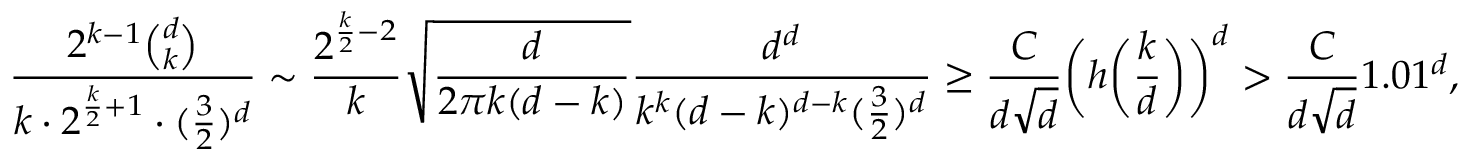
\frac { 2 ^ { k - 1 } \binom { d } { k } } { k \cdot 2 ^ { \frac { k } { 2 } + 1 } \cdot ( \frac { 3 } { 2 } ) ^ { d } } \sim \frac { 2 ^ { \frac { k } { 2 } - 2 } } { k } \sqrt { \frac { d } { 2 \pi k ( d - k ) } } \frac { d ^ { d } } { k ^ { k } ( d - k ) ^ { d - k } ( \frac { 3 } { 2 } ) ^ { d } } \geq \frac { C } { d \sqrt { d } } \bigg ( h \bigg ( \frac { k } { d } \bigg ) \bigg ) ^ { d } > \frac { C } { d \sqrt { d } } 1 . 0 1 ^ { d } ,